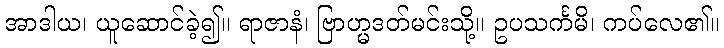
အာဒါယ၊ ယူဆောင်ခဲ့၍။ ရာဇာနံ၊ ဗြာဟ္မဒတ်မင်းသို့။ ဥပသင်္ကမိ၊ ကပ်လေ၏။